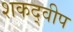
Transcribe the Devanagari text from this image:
शकद्वीप